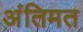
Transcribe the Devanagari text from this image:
अंतिमत